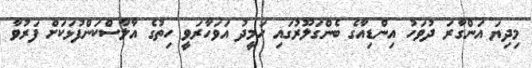
މިދިޔަ އަންގާރަ ދުވަހު އިންޑިއާގެ ބެންގަލޫރުގައި ހަމީދު އަވަހާރަވީ ހިތުގެ އާލާސްކަންފުޅަކަށް ފަރުވާ